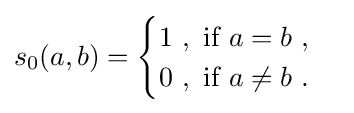
s_{0}(a,b)={\begin{cases}1{\mbox{  }},{\mbox{    }}{\mbox{if }}a=b{\mbox{  }},\\0{\mbox{  }},{\mbox{    }}{\mbox{if }}a\neq b{\mbox{  }}.\end{cases}}